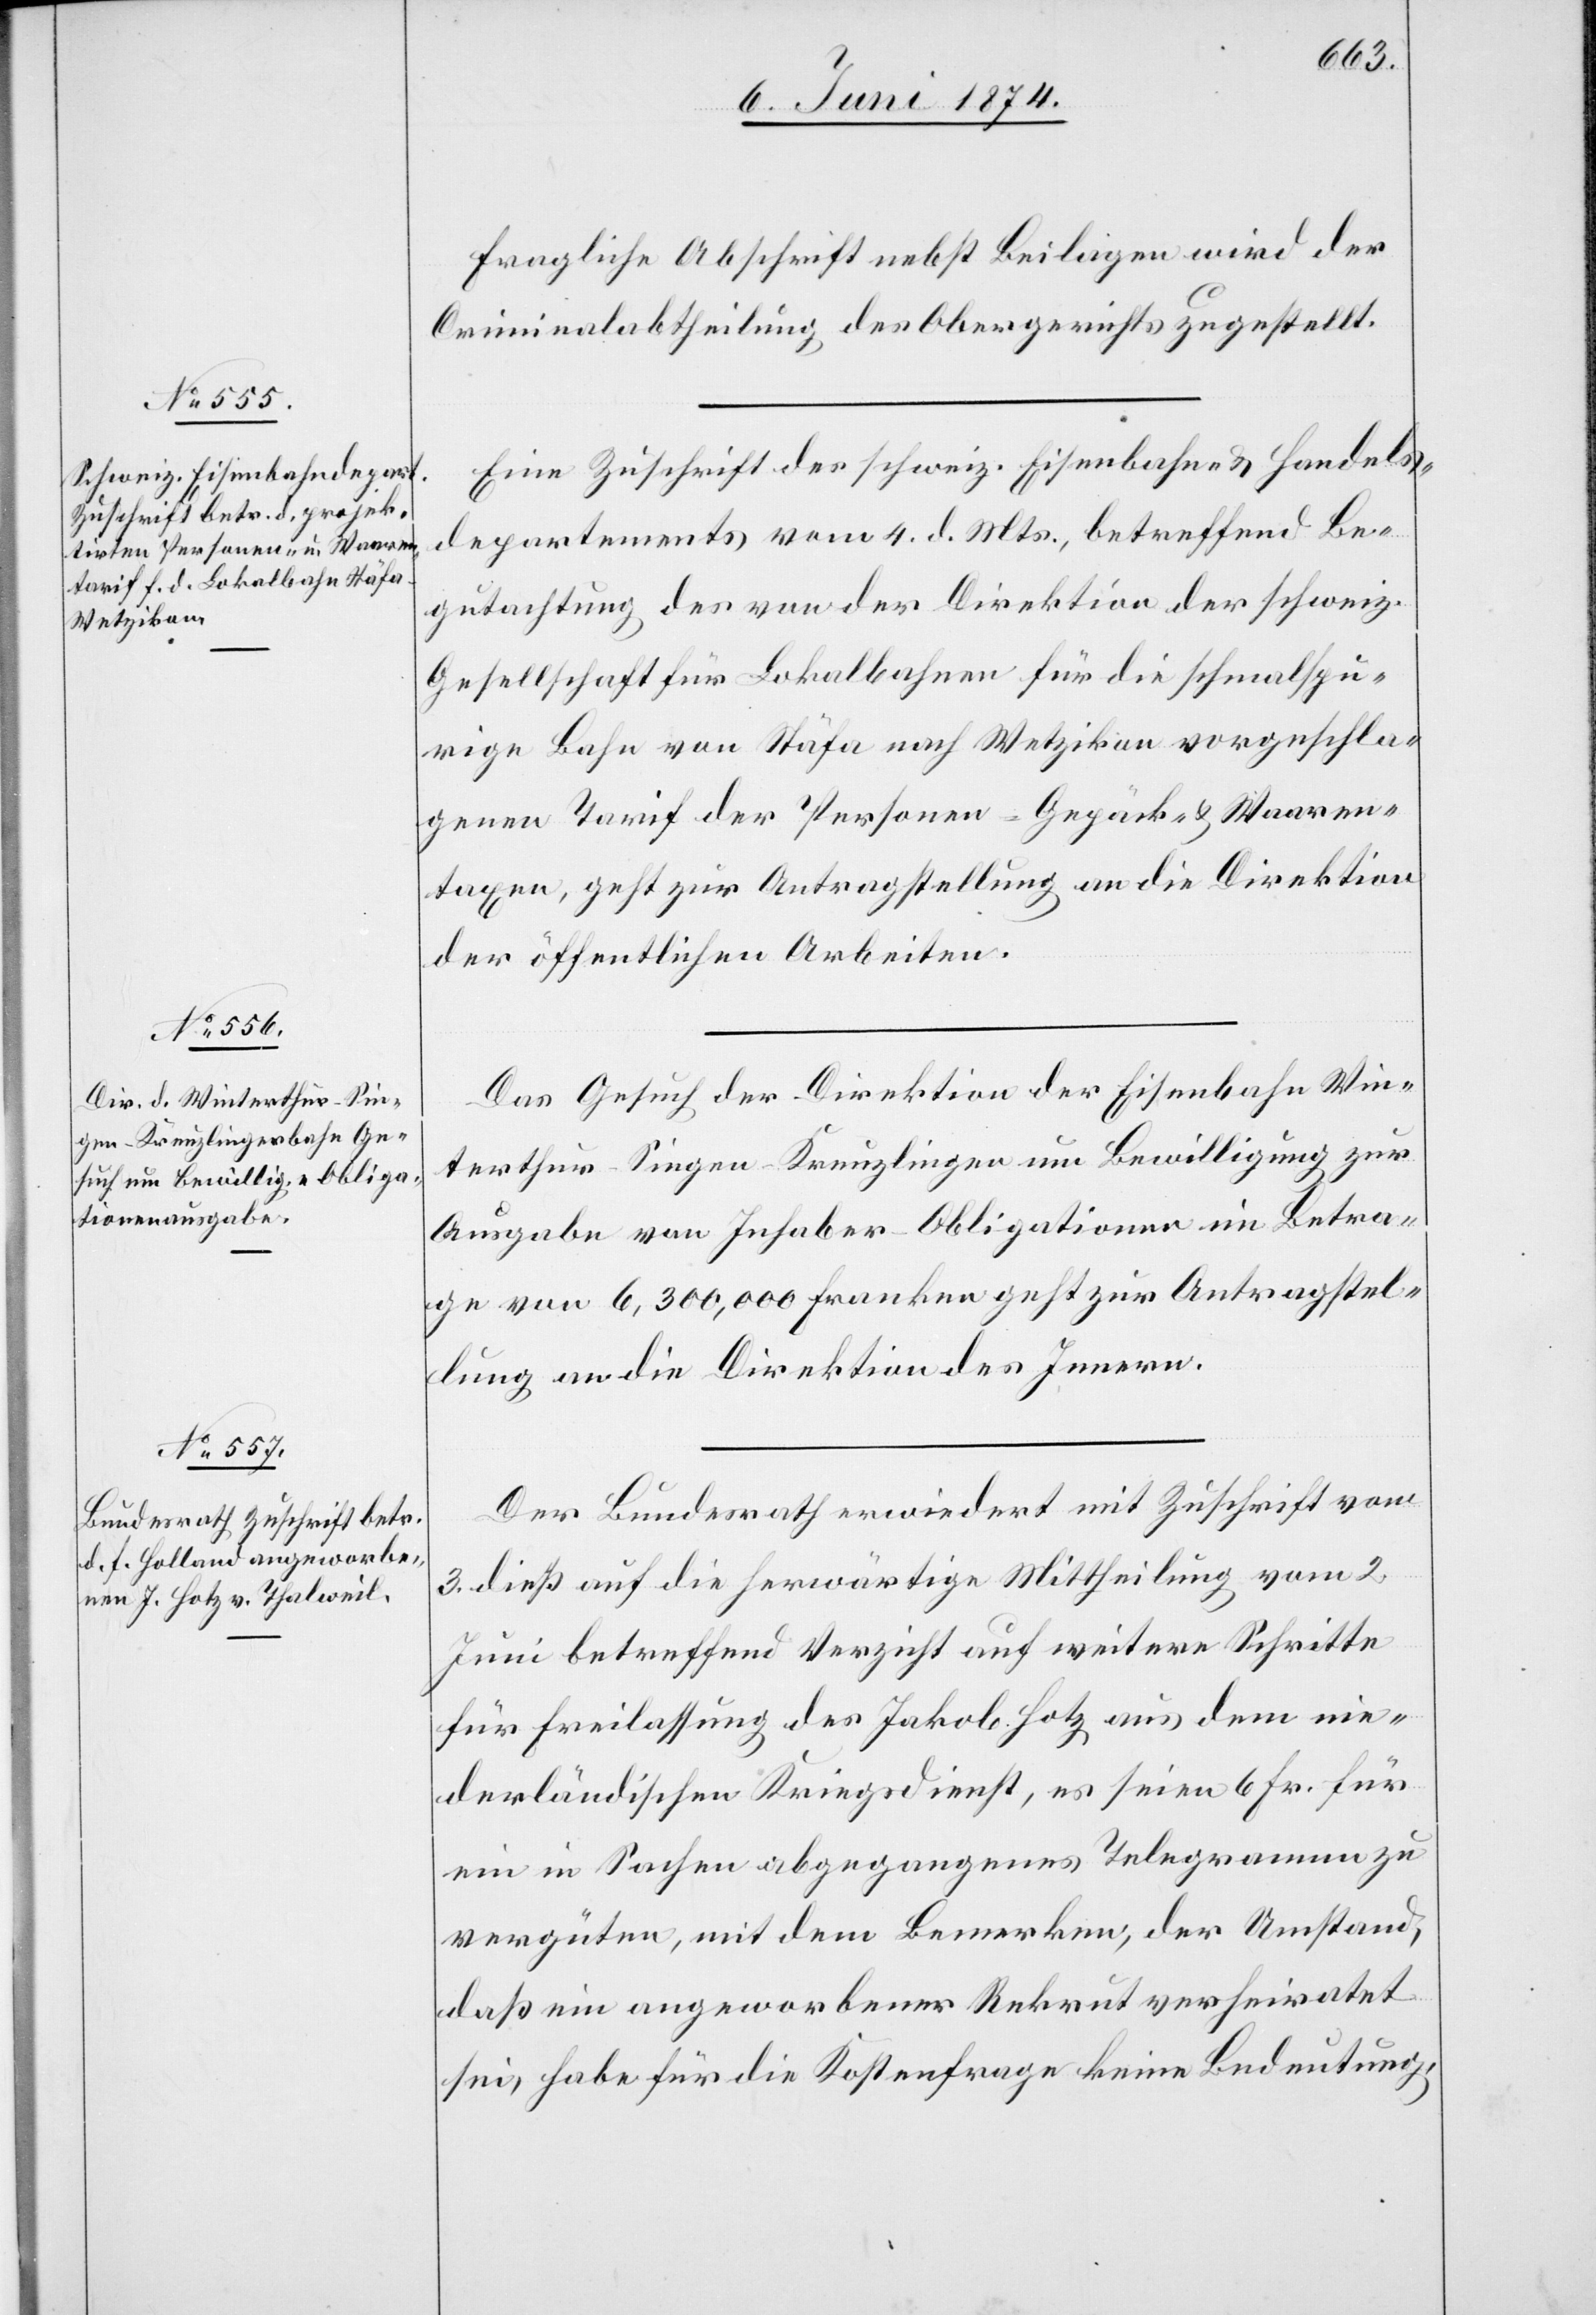
8. Juni 1874.]
Fragliche Abschrift nebst Beilagen wird der
Criminalabtheilung des Obergerichts zugestellt.
Eine Zuschrift des schweiz. Eisenbahn- u. Handels¬
departements vom 4. d. Mts., betreffend Be¬
gutachtung des von der Direktion der schweiz.
Gesellschaft für Lokalbahnen für die schmalspu¬
rige Bahn von Stäfa nach Wetzikon vorgeschla¬
genen Tarif der Personen- [,] Gepäck- u. Waaren¬
taxen, geht zur Antragstellung an die Direktion
der öffentlichen Arbeiten.
Das Gesuch der Direktion der Eisenbahn Win¬
terthur-Singen-Kreuzlingen um Bewilligung zur
Ausgabe von Inhaber-Obligationen im Betra¬
ge von 6,300,000 Franken geht zur Antragstel¬
lung an die Direktion des Innern.
Der Bundesrath erwiedert mit Zuschrift vom
3. dieß auf die herwärtige Mittheilung vom 2.
Juni betreffend Verzicht auf weitere Schritte
für Freilassung des Jakob Hotz aus dem nie¬
derländischen Kriegsdienst, es seien 6 Fr. für
ein in Sachen abgegangenes Telegramm zu
vergüten, mit dem Bemerken, der Umstand,
daß ein angeworbener Rekrut verheiratet
sei, habe für die Kostenfrage keine Bedeutung,